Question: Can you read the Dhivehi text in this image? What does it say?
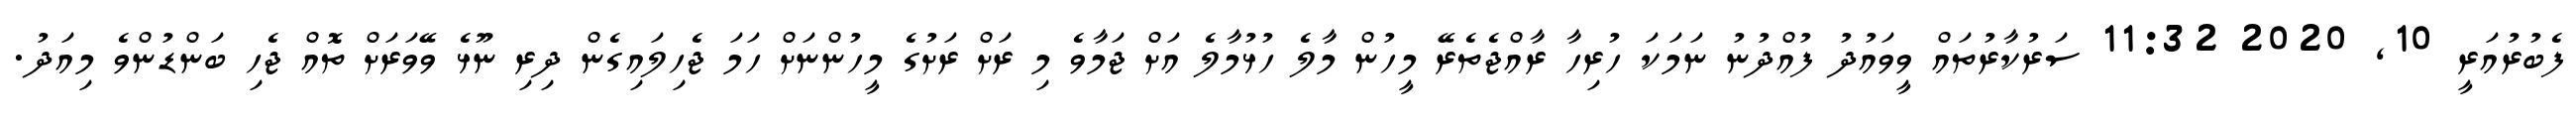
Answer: ފެބުރުއަރީ 10, 2020 11:32 ސަރުކާރުތައް ވީވައުދު ފުއްދުނު ނަމަކަ ހުރިހާ ރާއްޖެތެރޭ މީހުން މާލެ ހުޅުމާލެ އަށް ޖަމާވެ މި ރަށް ރަށުގެ މީހުންނަށް ހަމަ ޖެހިލައިގެން ދިރި ނޫޅެ ވޭވަރަށް ތޮއް ޖެހި ބަންޑުންވެ މިއަދު.